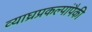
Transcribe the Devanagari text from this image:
व्याघ्रप्रकल्पांपैकी